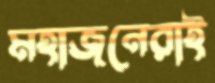
মহাজনেরাই